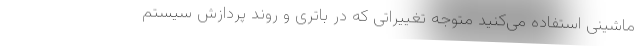
ماشینی استفاده می‌کنید متوجه تغییراتی که در باتری و روند پردازش سیستم